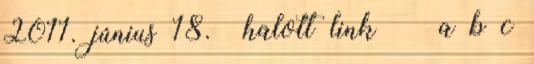
2011. június 18. halott link ↑ a b c